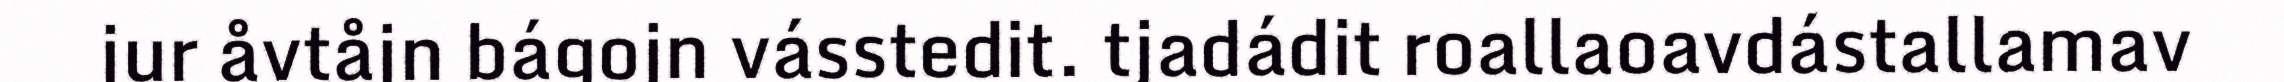
jur åvtåjn bágojn vásstedit. tjadádit roallaoavdástallamav